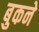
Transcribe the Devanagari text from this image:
बुकने